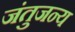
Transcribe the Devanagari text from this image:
जंतुजन्य